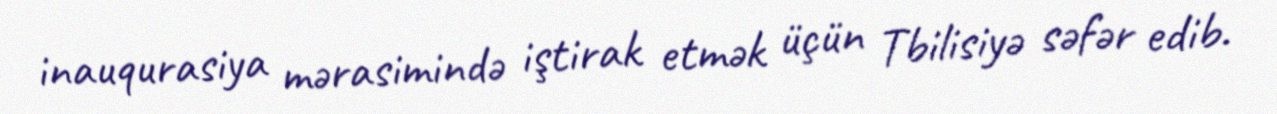
inauqurasiya mərasimində iştirak etmək üçün Tbilisiyə səfər edib.